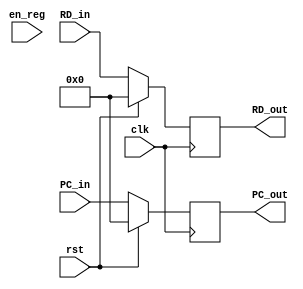
module IFID( RD_out, PC_out, RD_in, PC_in, clk, rst, en_reg );
  
  input clk, rst, en_reg;
  input[31:0]	RD_in, PC_in;
  output[31:0] RD_out, PC_out;
  reg [31:0] RD_out, PC_out;
  reg [31:0] last;
   
  always @( posedge clk ) begin
      if ( rst ) begin
		    RD_out <= 32'b0;
		    PC_out <= 32'b0;
		  end  
      else if ( en_reg ) begin
		    RD_out <= RD_in;
		    PC_out <= PC_in;
		  end
      else if ( en_reg == 1'b0 ) begin
		    RD_out <= last;
		    PC_out <= PC_in;
		  end
  end

  always @(RD_in)
  begin
      last <= RD_in;
  end
endmodule